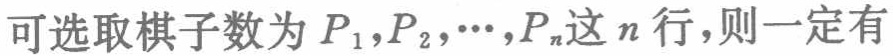
可选取棋子数为 \(P_{1},P_{2},\cdots,P_{n}\)这 \(n\) 行，则一定有